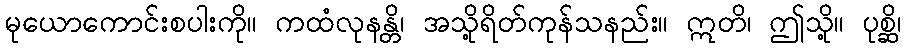
မုယောကောင်းစပါးကို။ ကထံလုနန္တိ၊ အသို့ရိတ်ကုန်သနည်း။ ဣတိ၊ ဤသို့။ ပုစ္ဆိ၊